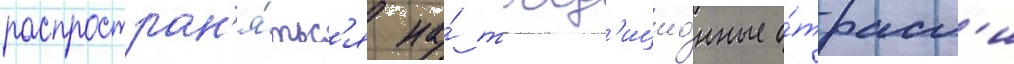
распростран'я́тьс'я на́ трад'ицио́нные о́трасл'и